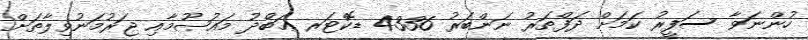
ހުންނަވާ ސަފީރު ކަމަށް ދަފްތަރު ނަންބަރު 4336 ޑޮކްޓަރ ޢަބްދު މަޢުޞޫމާއި ޖަރުމަނުވިލާތަށް